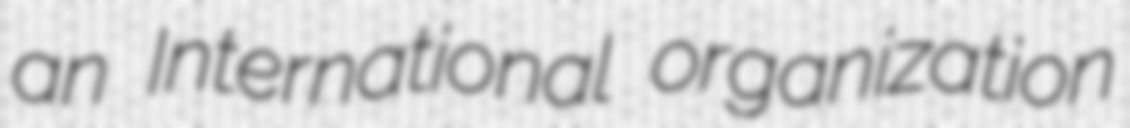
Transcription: an International organization